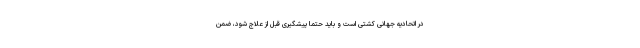
در اتحادیه جهانی کشتی است و باید حتما پیشگیری قبل از علاج شود، ضمن